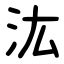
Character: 汯